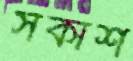
সকাশ